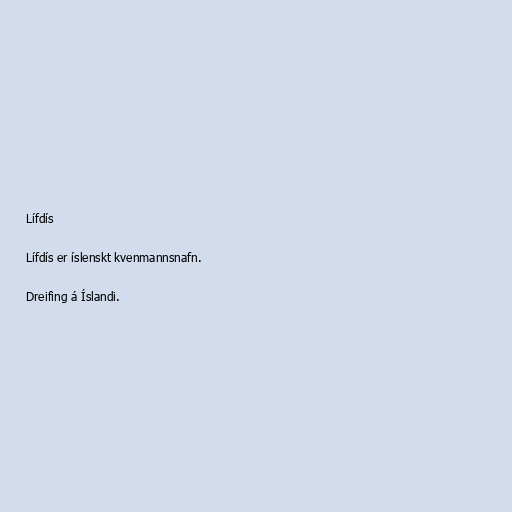
Lífdís

Lífdís er íslenskt kvenmannsnafn.

Dreifing á Íslandi.